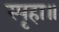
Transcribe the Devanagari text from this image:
स्पृहा॥